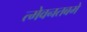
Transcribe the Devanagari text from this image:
त्मेवनतबमे